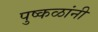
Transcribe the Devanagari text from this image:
पुष्कळांनी